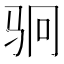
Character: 𬳶